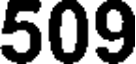
509